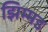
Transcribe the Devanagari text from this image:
झिम्मड